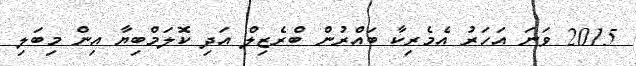
2015 ވަނަ އަހަރު އެމެރިކާ ބައްރުން ބްރެޒިލް އަދި ކޮލަމްބިޔާ އިން މިބަލި